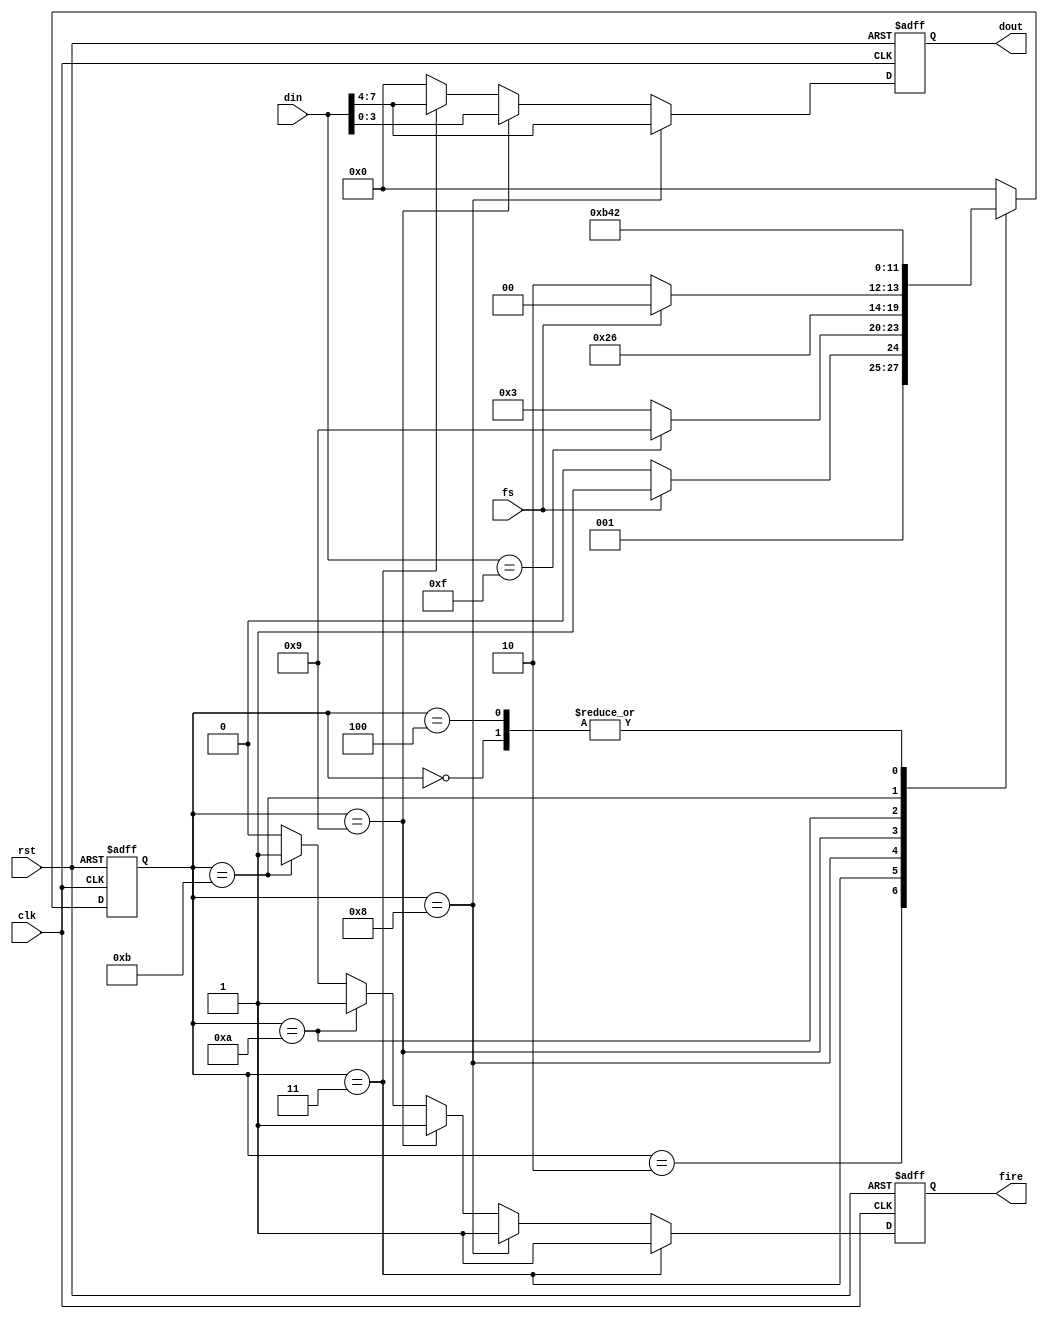
module typec_txf(
    input clk,
    input rst,

    input fs,

    input [7:0] din,
    output reg [3:0] dout,
    output reg fire
);

    localparam SYNC_DATA = 8'h0F;

    reg [3:0] state, next_state;
    localparam IDLE = 4'h0, WAIT = 4'h2, WORK = 4'h3, DONE = 4'h4;
    localparam W0 = 4'h8, W1 = 4'h9, G0 = 4'hA, G1 = 4'hB;

    // reg fire_s0, fire_s1;

    always@(posedge clk or posedge rst) begin
        if(rst) state <= IDLE;
        else state <= next_state;
    end

    always@(*) begin
        case(state)
            IDLE: next_state <= WAIT;
            WAIT: begin
                if(fs) next_state <= WORK;
                else next_state <= WAIT;
            end
            WORK: begin
                if(din == SYNC_DATA) next_state <= W1;
                else next_state <= WORK;
            end
            W0: next_state <= W1;
            W1: begin
                if(~fs) next_state <= G0;
                else next_state <= W0;
            end
            G0: next_state <= G1;
            G1: next_state <= DONE;
            DONE: next_state <= WAIT;
            default: next_state <= IDLE;
        endcase
    end

    always@(posedge clk or posedge rst) begin
        if(rst) fire <= 1'b0;
        else if(state == WORK) fire <= 1'b1;
        else if(state == W0) fire <= 1'b1;
        else if(state == W1) fire <= 1'b1;
        else if(state == G0) fire <= 1'b1;
        else if(state == G1) fire <= 1'b1;
        else fire <= 1'b0;
    end

    always@(posedge clk or posedge rst) begin
        if(rst) dout <= 4'h0;
        else if(state == W0) dout <= din[7:4];
        else if(state == W1) dout <= din[3:0];
        else if(state == WORK) dout <= din[7:4];
        else dout <= 4'h0;
    end

        
endmodule